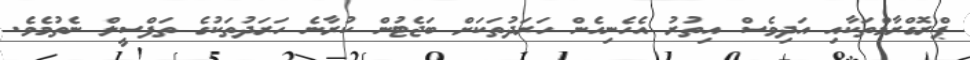
ޕްރޮގްރާމްތަކާއި އަދިވެސް އިތުރު އެހެނިހެން ހަރަދުތަކަށް ބަޖެޓުން ކުރާނެ ހަރަދުތަކުގެ ތަފްސީލް ނެތުމެވެ.